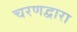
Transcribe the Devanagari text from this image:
चरणद्वारा